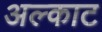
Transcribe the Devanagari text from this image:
अल्काट